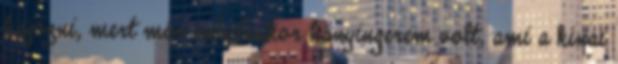
hajózni, mert már induláskor hányingerem volt, ami a kínai